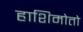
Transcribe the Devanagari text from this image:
हाशिमोतो